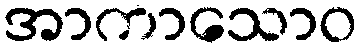
အာကာသောဝ